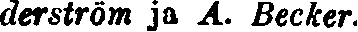
derström ja A. Becker.